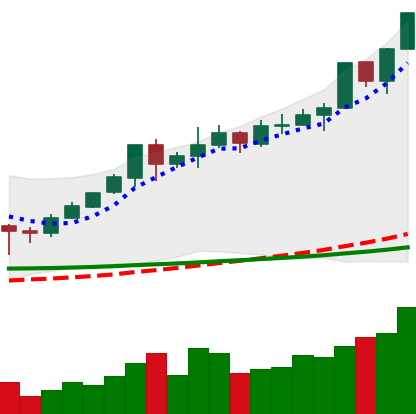
Ticker: XMR-USD
Chart end date: 2020-02-12
Forward return: -13.481%
Label: down_7plus